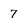
Character: 7